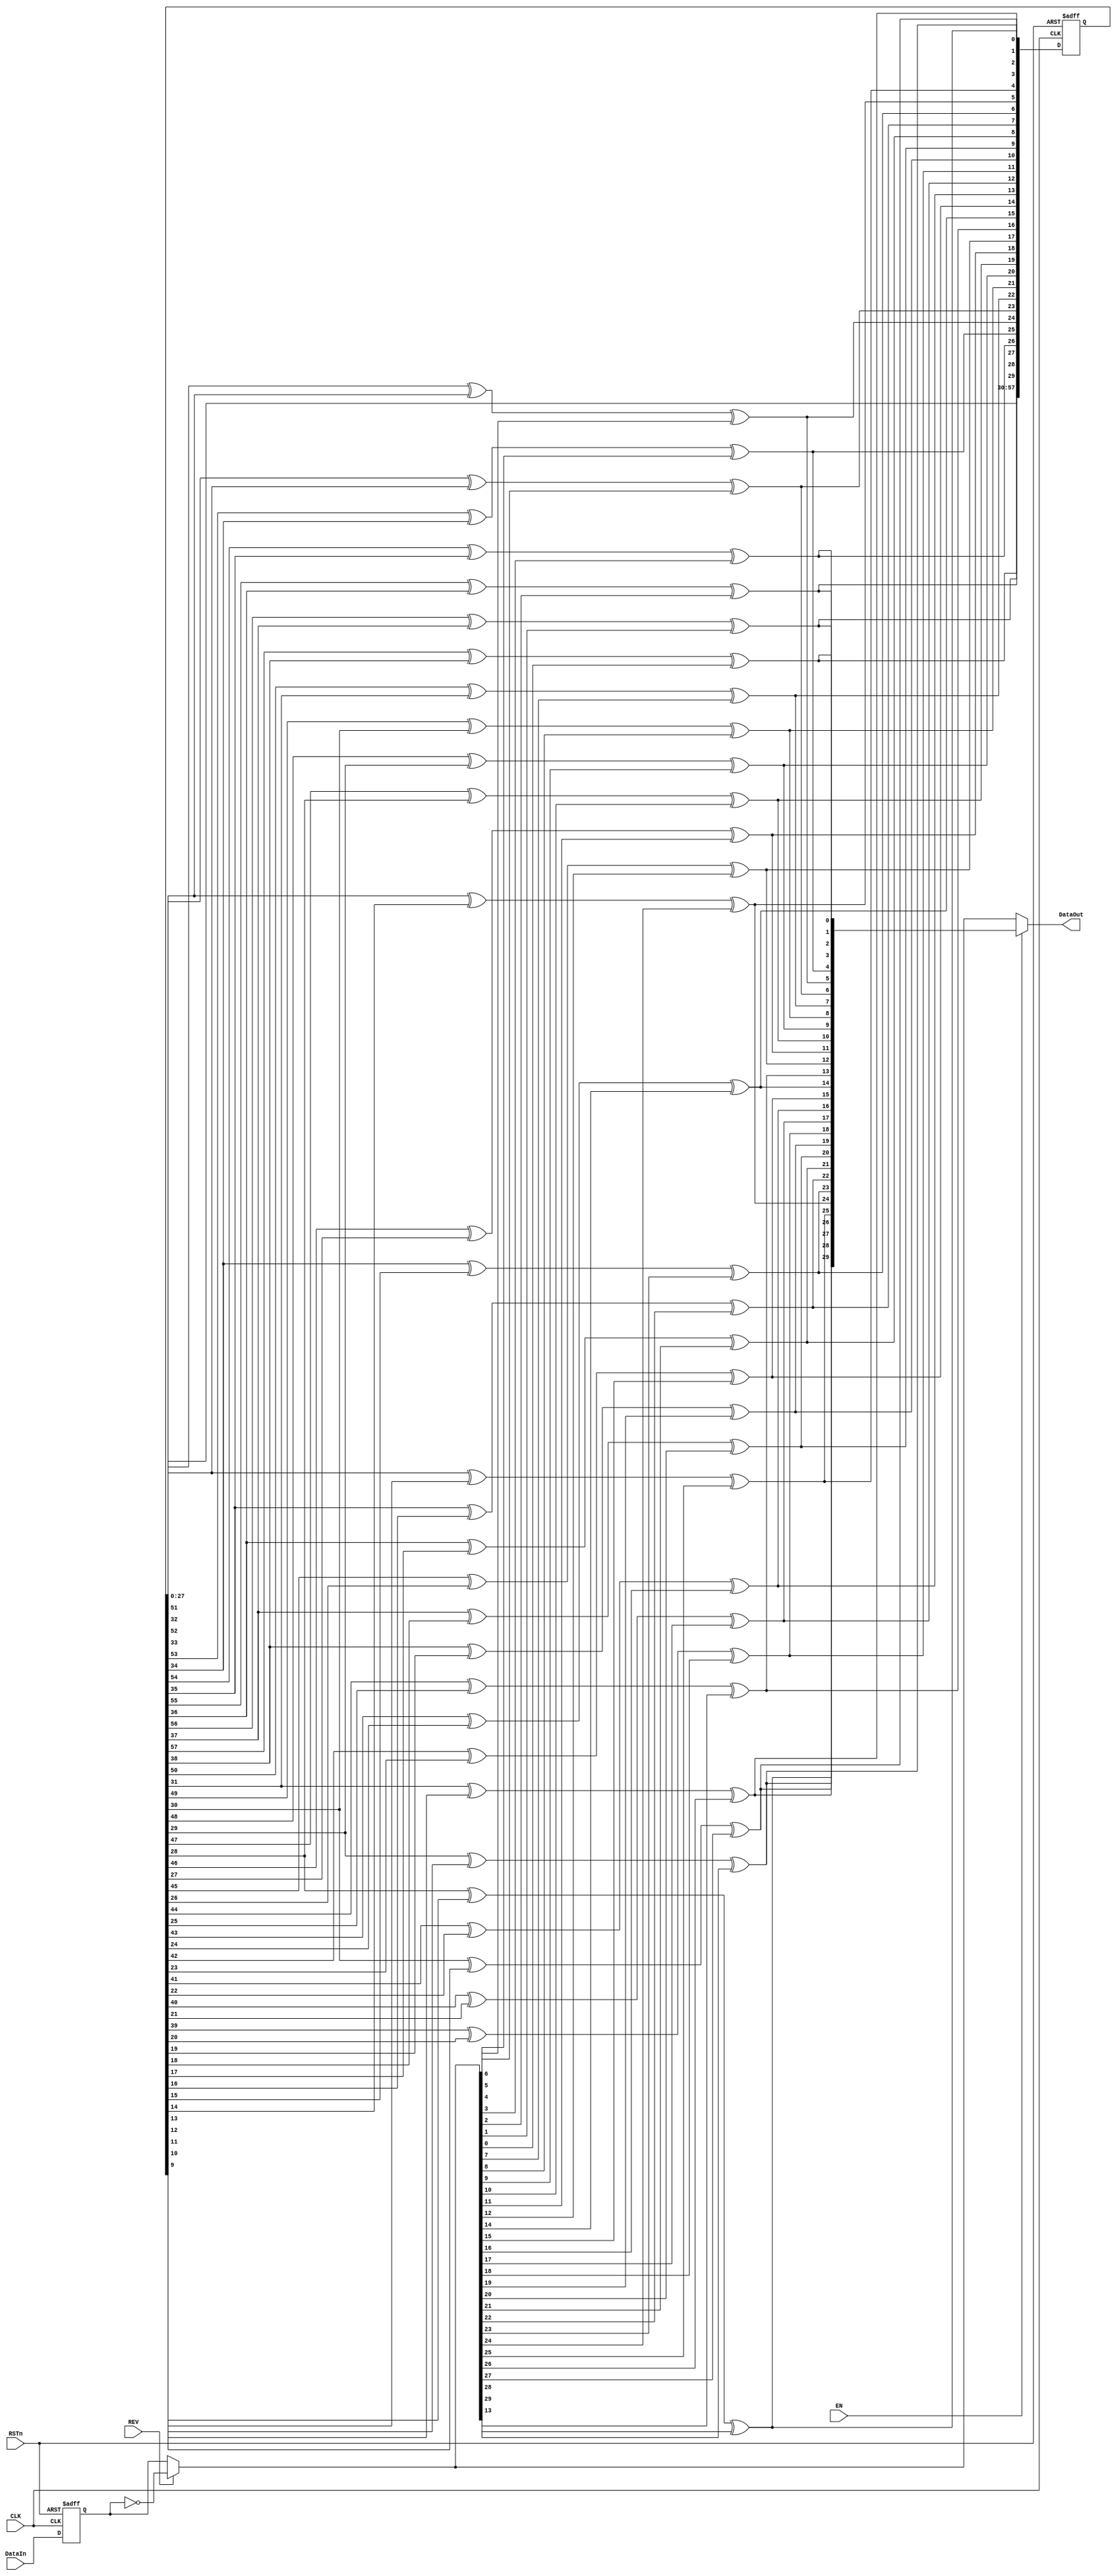
//////////////////////////////////////////////////////////////////////////////////
// Org:        	FNAL&SMU
// 
// Design Name:    ETROC1 
// Module Name:    SCR30b
// Project Name: 
// Description: a parallel scrambler for 30-bit data, G=X^58+X^39+1
//
// Dependencies: 
//
// Revision: v3, added input latch
//
//
//////////////////////////////////////////////////////////////////////////////////
`timescale 1ps/1fs
module SCR30b(
	CLK,
	RSTn,
	DataIn,
	REV,
	EN,
	DataOut
);

input CLK;
input RSTn;
input [29:0] DataIn;
input REV;	//reverse input data in bit-wise, active-high
//input REVCLK;		//reverse word clock, active-high. input data can be latched correctly at least in one clock phase
input EN;	//enable Scrambler, active-high
output [29:0] DataOut;

reg [57:0] S_reg;
wire [57:0] S_wire;
reg rst_int;
wire [57:0] A;
wire [29:0] DataOutSCR;
reg [29:0] reg_input;
wire CLK_SCR_int;

assign A = REV?~reg_input:reg_input;
assign DataOut = EN?DataOutSCR:A;

assign DataOutSCR[0] = S_reg[57]^S_reg[38]^A[0];
assign DataOutSCR[1] = S_reg[56]^S_reg[37]^A[1];
assign DataOutSCR[2] = S_reg[55]^S_reg[36]^A[2];
assign DataOutSCR[3] = S_reg[54]^S_reg[35]^A[3];
assign DataOutSCR[4] = S_reg[53]^S_reg[34]^A[4];
assign DataOutSCR[5] = S_reg[52]^S_reg[33]^A[5];
assign DataOutSCR[6] = S_reg[51]^S_reg[32]^A[6];
assign DataOutSCR[7] = S_reg[50]^S_reg[31]^A[7];
assign DataOutSCR[8] = S_reg[49]^S_reg[30]^A[8];
assign DataOutSCR[9] = S_reg[48]^S_reg[29]^A[9];
assign DataOutSCR[10] = S_reg[47]^S_reg[28]^A[10];
assign DataOutSCR[11] = S_reg[46]^S_reg[27]^A[11];
assign DataOutSCR[12] = S_reg[45]^S_reg[26]^A[12];
assign DataOutSCR[13] = S_reg[44]^S_reg[25]^A[13];
assign DataOutSCR[14] = S_reg[43]^S_reg[24]^A[14];
assign DataOutSCR[15] = S_reg[42]^S_reg[23]^A[15];
assign DataOutSCR[16] = S_reg[41]^S_reg[22]^A[16];
assign DataOutSCR[17] = S_reg[40]^S_reg[21]^A[17];
assign DataOutSCR[18] = S_reg[39]^S_reg[20]^A[18];
assign DataOutSCR[19] = S_reg[38]^S_reg[19]^A[19];
assign DataOutSCR[20] = S_reg[37]^S_reg[18]^A[20];
assign DataOutSCR[21] = S_reg[36]^S_reg[17]^A[21];
assign DataOutSCR[22] = S_reg[35]^S_reg[16]^A[22];
assign DataOutSCR[23] = S_reg[34]^S_reg[15]^A[23];
assign DataOutSCR[24] = S_reg[33]^S_reg[14]^A[24];
assign DataOutSCR[25] = S_reg[32]^S_reg[13]^A[25];
assign DataOutSCR[26] = S_reg[31]^S_reg[12]^A[26];
assign DataOutSCR[27] = S_reg[30]^S_reg[11]^A[27];
assign DataOutSCR[28] = S_reg[29]^S_reg[10]^A[28];
assign DataOutSCR[29] = S_reg[28]^S_reg[9]^A[29];

assign S_wire[0] =  S_reg[28]^S_reg[9]^A[29];
assign S_wire[1] =  S_reg[29]^S_reg[10]^A[28];
assign S_wire[2] =  S_reg[30]^S_reg[11]^A[27];
assign S_wire[3] =  S_reg[31]^S_reg[12]^A[26];
assign S_wire[4] =  S_reg[32]^S_reg[13]^A[25];
assign S_wire[5] =  S_reg[33]^S_reg[14]^A[24];
assign S_wire[6] =  S_reg[34]^S_reg[15]^A[23];
assign S_wire[7] =  S_reg[35]^S_reg[16]^A[22];
assign S_wire[8] =  S_reg[36]^S_reg[17]^A[21];
assign S_wire[9] =  S_reg[37]^S_reg[18]^A[20];
assign S_wire[10] =  S_reg[38]^S_reg[19]^A[19];
assign S_wire[11] =  S_reg[39]^S_reg[20]^A[18];
assign S_wire[12] =  S_reg[40]^S_reg[21]^A[17];
assign S_wire[13] =  S_reg[41]^S_reg[22]^A[16];
assign S_wire[14] =  S_reg[42]^S_reg[23]^A[15];
assign S_wire[15] =  S_reg[43]^S_reg[24]^A[14];
assign S_wire[16] =  S_reg[44]^S_reg[25]^A[13];
assign S_wire[17] =  S_reg[45]^S_reg[26]^A[12];
assign S_wire[18] =  S_reg[46]^S_reg[27]^A[11];
assign S_wire[19] =  S_reg[47]^S_reg[28]^A[10];
assign S_wire[20] =  S_reg[48]^S_reg[29]^A[9];
assign S_wire[21] =  S_reg[49]^S_reg[30]^A[8];
assign S_wire[22] =  S_reg[50]^S_reg[31]^A[7];
assign S_wire[23] =  S_reg[51]^S_reg[32]^A[6];
assign S_wire[24] =  S_reg[52]^S_reg[33]^A[5];
assign S_wire[25] =  S_reg[53]^S_reg[34]^A[4];
assign S_wire[26] =  S_reg[54]^S_reg[35]^A[3];
assign S_wire[27] =  S_reg[55]^S_reg[36]^A[2];
assign S_wire[28] =  S_reg[56]^S_reg[37]^A[1];
assign S_wire[29] =  S_reg[57]^S_reg[38]^A[0];
assign S_wire[30] =  S_reg[0];
assign S_wire[31] =  S_reg[1];
assign S_wire[32] =  S_reg[2];
assign S_wire[33] =  S_reg[3];
assign S_wire[34] =  S_reg[4];
assign S_wire[35] =  S_reg[5];
assign S_wire[36] =  S_reg[6];
assign S_wire[37] =  S_reg[7];
assign S_wire[38] =  S_reg[8];
assign S_wire[39] =  S_reg[9];
assign S_wire[40] =  S_reg[10];
assign S_wire[41] =  S_reg[11];
assign S_wire[42] =  S_reg[12];
assign S_wire[43] =  S_reg[13];
assign S_wire[44] =  S_reg[14];
assign S_wire[45] =  S_reg[15];
assign S_wire[46] =  S_reg[16];
assign S_wire[47] =  S_reg[17];
assign S_wire[48] =  S_reg[18];
assign S_wire[49] =  S_reg[19];
assign S_wire[50] =  S_reg[20];
assign S_wire[51] =  S_reg[21];
assign S_wire[52] =  S_reg[22];
assign S_wire[53] =  S_reg[23];
assign S_wire[54] =  S_reg[24];
assign S_wire[55] =  S_reg[25];
assign S_wire[56] =  S_reg[26];
assign S_wire[57] =  S_reg[27];

/*
always@(negedge RSTn or posedge CLK) begin
if(!RSTn)
	rst_int <= 0;
else
	rst_int <= 1;
end
*/

always@(negedge RSTn or posedge CLK) begin
if(!RSTn)		
	reg_input[29:0] <= 30'b010101010101010101010101010101;
else begin
	reg_input[29:0] <= DataIn[29:0];
end

end


always@(negedge RSTn or posedge CLK) begin
if(!RSTn)		
	S_reg[57:0] <= 58'b0101010101010101010101010101010101010101010101010101010101;
else begin
	S_reg[57:0] <= S_wire[57:0];
end

end


endmodule